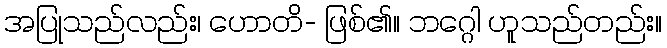
အပြုသည်လည်း၊ ဟောတိ- ဖြစ်၏။ ဘဂ္ဂေါ ဟူသည်တည်း။